Civil Veterinary Dept. Assam report 1927-50 - 1927-1950
Year: 1927
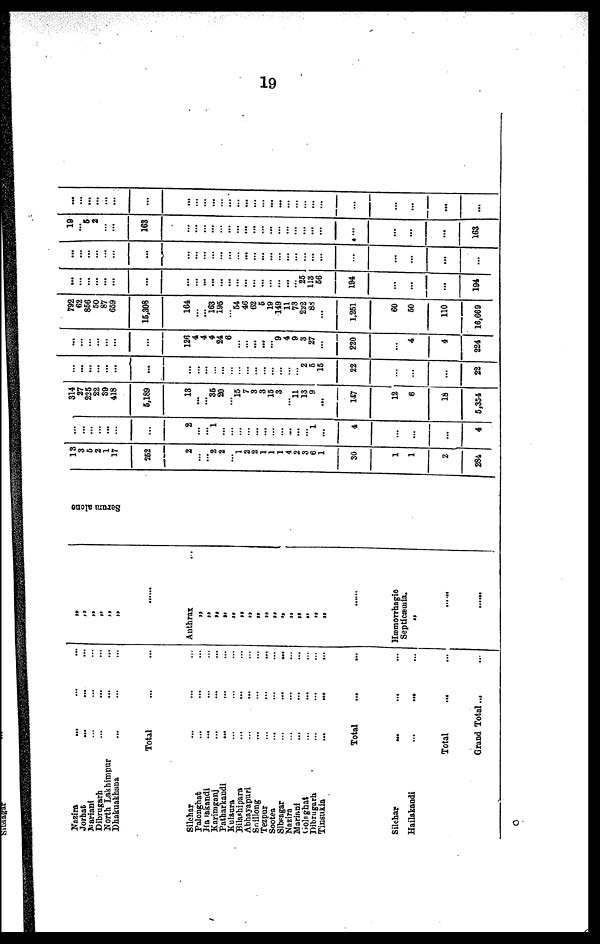
19
Nazira
Jorhat...
Nariani...
Dibrugarh...
North Lakhimpur...
Dhakuakhana...
Total ... ...
Silchar
Palonghat...
...
...
Haiakandi...
...
...
Karimganj
Patharkandi... ... ...
Kulanra... ... ...
Bilashipara... ... ...
Abhayapuri...
...
...
Snillong... ... ...
Tezpur... ... ...
Sootea...
...
...
Sibsagar...
...
...
Nazira... ...
Mariani... ... ...
Golaghat... ... ...
Dibrugarh... ... ...
Tinsukia
...
...
...
Total ... ...
Silchar ... ... ...
Hailakandi...
...
...
Total ... ...
Grand Total...
...
„
„
„
„
„
......
Anthrax ..
„
„
„
„
„
„
„
„
„
„
„
„
„
„
......
Hæmorrhagic
Septicæmia.
„
... ...
Sarum alone
13
3
6
2
1
17
252
2
2
2
1
2
2
1
1
1
4
2
3
6
1
30
1
1
2
284
2
1
...
...
...
...
...
...
...
...
... 1
...
4
...
...
...
4
314
27
225
22
30
418
6,189
13
...
35
20
15
7
3
3
19
3
11
13
9
...
147
12
6
18
5,354
...
...
...
...
...
...
...
...
...
...
...
...
...
...
...
...
... 2
5
15
22
...
...
...
...
22
-
...
126
4
4
24
6
...
...
...
... 9
4
9
3
27
...
220
...
4
4
224
792
62
866
50
15,308
164
...
... 163
195
54
46 62
6
19
149
11
73
232
88
...
1,261
60
50
110
16,669
...
...
...
...
...
...
...
...
...
...
...
...
... ...
...
25
113
66
194
...
...
...
194
...
...
...
...
...
...
...
...
...
...
...
...
...
...
...
...
...
...
...
...
...
19
6
163
...
...
...
...
...
...
...
...
...
...
...
... ...
...
...
...
...
...
...
163
...
...
...
...
...
...
...
...
...
... ...
...
...
...
...
...
...
...
...
...